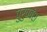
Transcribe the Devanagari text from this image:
पुरुषवंश